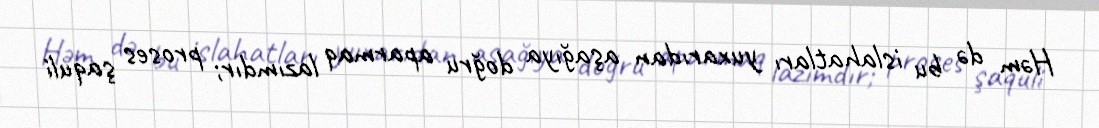
Həm də bu islahatları yuxarıdan aşağıya doğru aparmaq lazımdır; proses şaquli